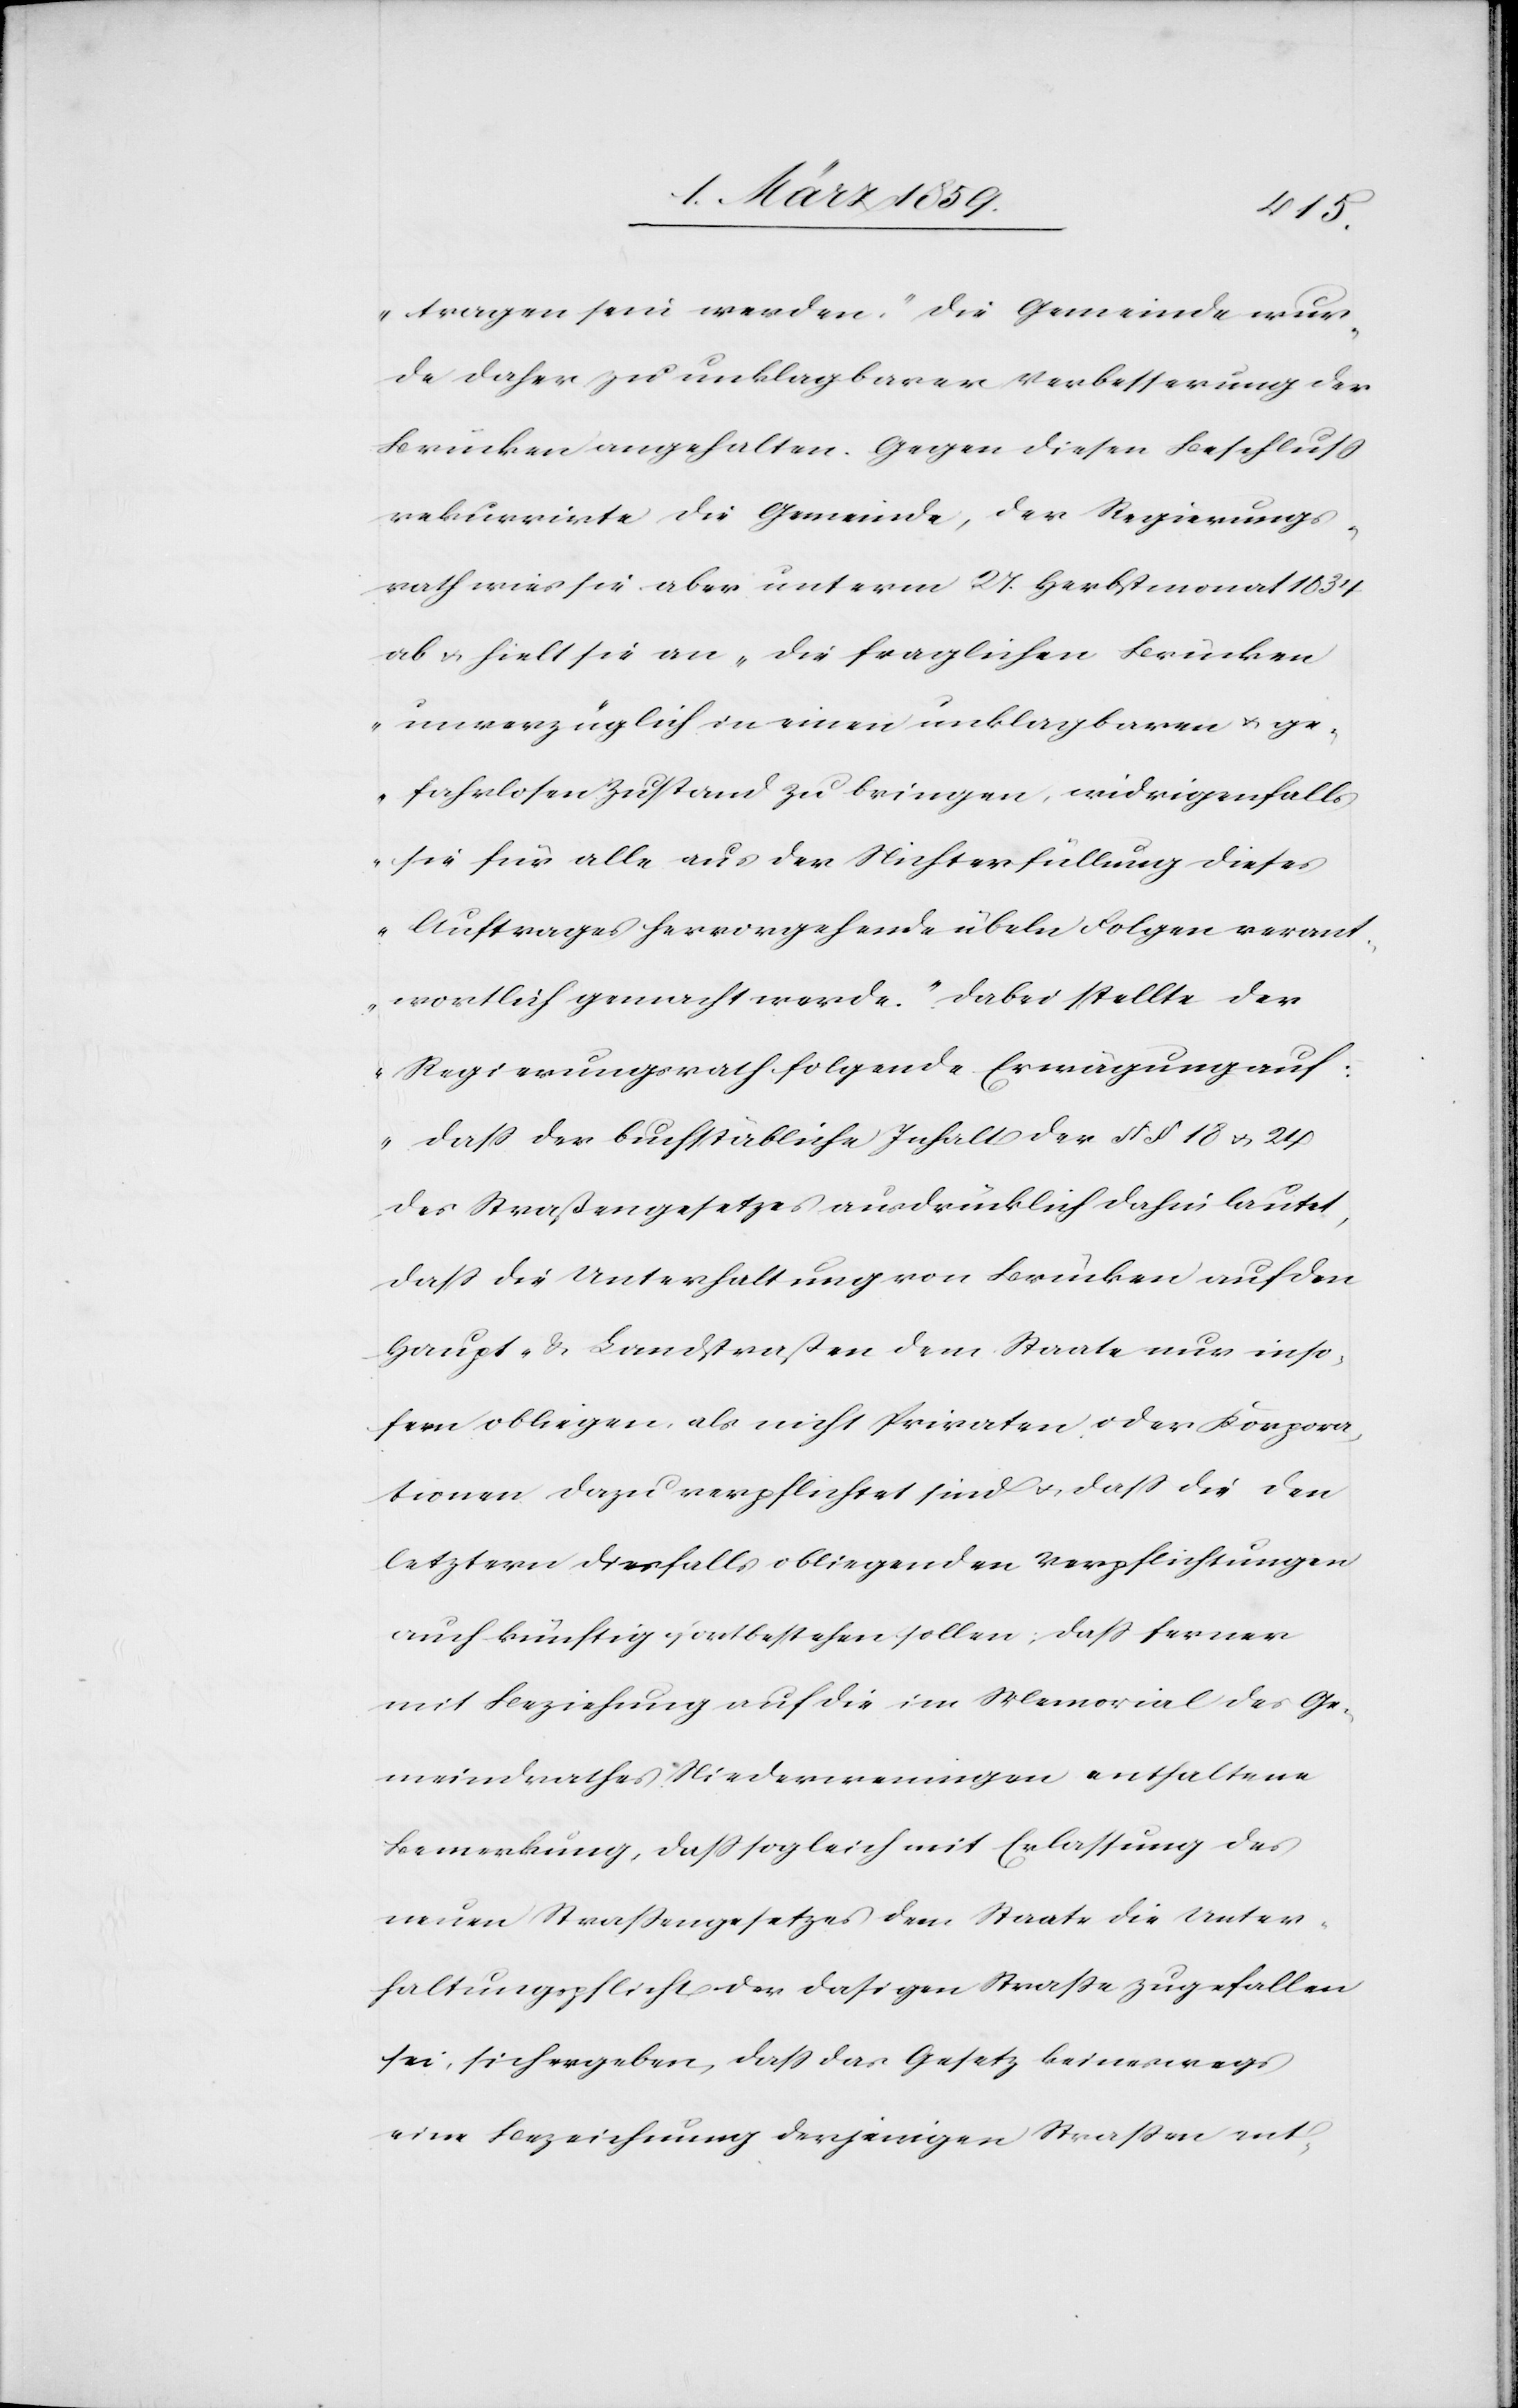
tragen sein werden.“ Die Gemeinde wur¬
de daher zu unklagbarer Verbesserung der
Brücken angehalten. Gegen diesen Beschluß
rekurrirte die Gemeinde, der Regierungs¬
rath wies sie aber unterm 27. Herbstmonat 1834
ab u. hielt sie an „die fraglichen Brücken
unverzüglich in einen unklagbaren u. ge¬
fahrlosen Zustand zu bringen, widrigenfalls
sie für alle aus der Nichterfüllung dieses
Auftrages hervorgehende[n] übeln Folgen verant¬
wortlich gemacht werde.“ Dabei stellte der
Regierungsrath folgende Erwägung auf:
„daß der buchstäbliche Inhalt der §§ 18 u. 24
des Straßengesetzes ausdrücklich dahin lautet,
daß die Unterhaltung von Brücken auf den
Haupt- & Landstraßen dem Staate nur inso¬
fern obliegen, als nicht Privaten [sic!] oder Korpora¬
tionen dazu verpflichtet sind u. daß die den
letztern diesfalls obliegenden Verpflichtungen
auch künftig fortbestehen sollen; daß ferner
mit Beziehung auf die im Memorial des Ge¬
meindrathes Niederweningen enthaltene
Bemerkung, daß sogleich mit Erlassung des
neuen Straßengesetzes dem Staate die Unter¬
haltungspflicht der dasigen Straße zugefallen
sei, sich ergeben, daß das Gesetz keineswegs
eine Bezeichnung derjenigen Straßen ent-